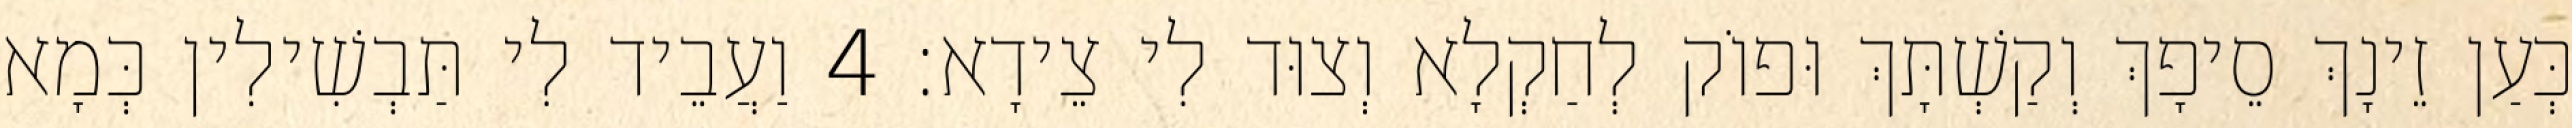
כְּעַן זֵינָךְ סֵיפָךְ וְקַשְׁתָּךְ וּפוֹק לְחַקְלָא וְצוּד לִי צֵידָא׃ 4 וַעֲבֵיד לִי תַּבְשִׁילִין כְּמָא